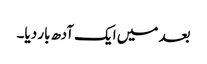
بعد میں ایک آدھ بار دیا۔